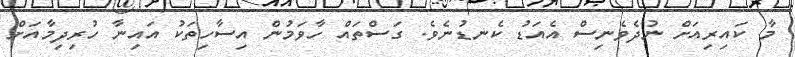
މާ ކައިރިއަށް ނުދެވެނިސް އެއަޑު ކެނޑުނެވެ. ގަސްތައް ހާވަމުން އިސާހިތަކު އައިނާ ހުރިދިމާއަށް